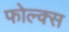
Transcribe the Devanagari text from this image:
फोल्क्स